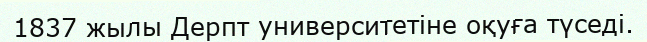
1837 жылы Дерпт университетіне оқуға түседі.